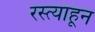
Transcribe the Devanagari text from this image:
रस्त्याहून